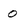
Character: o